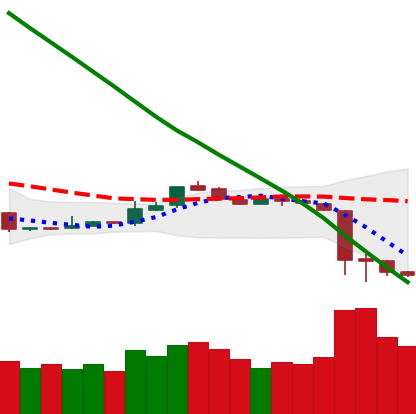
Ticker: ETH-USD
Chart end date: 2018-11-17
Forward return: -27.181%
Label: down_7plus